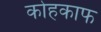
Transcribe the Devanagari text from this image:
कोहकाफ